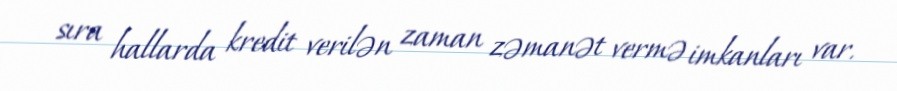
sıra hallarda kredit verilən zaman zəmanət vermə imkanları var.